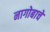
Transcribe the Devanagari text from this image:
नागोबाचे